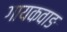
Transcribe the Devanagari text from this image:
गायकवाङ